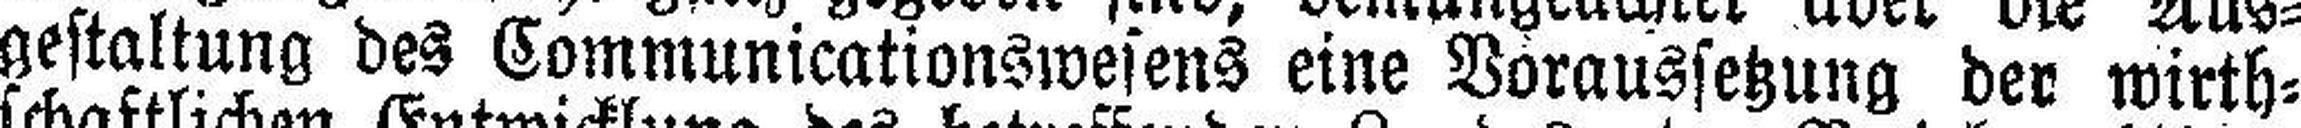
gestaltung des Communicationswesens eine Voraussetzung der wirth¬